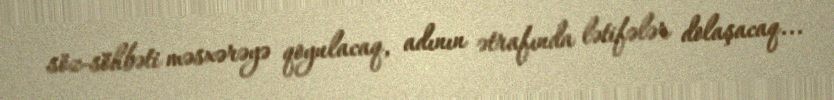
söz-söhbəti məsxərəyə qoyulacaq, adının ətrafında lətifələr dolaşacaq...